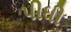
પીધી